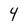
Character: 4